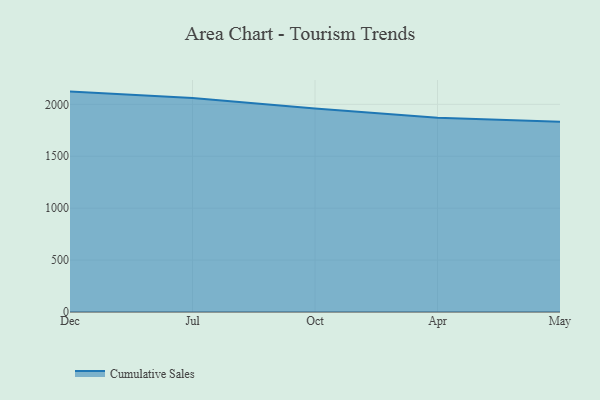
{"axis": {"x": "Month", "y": "Latency (ms)"}, "legend": ["Cumulative Sales"], "data": [{"x": "Dec", "y": 2122.7, "type": "Cumulative Sales"}, {"x": "Jul", "y": 2060.3, "type": "Cumulative Sales"}, {"x": "Oct", "y": 1959.7, "type": "Cumulative Sales"}, {"x": "Apr", "y": 1870.0, "type": "Cumulative Sales"}, {"x": "May", "y": 1831.2, "type": "Cumulative Sales"}]}